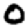
Digit: 0